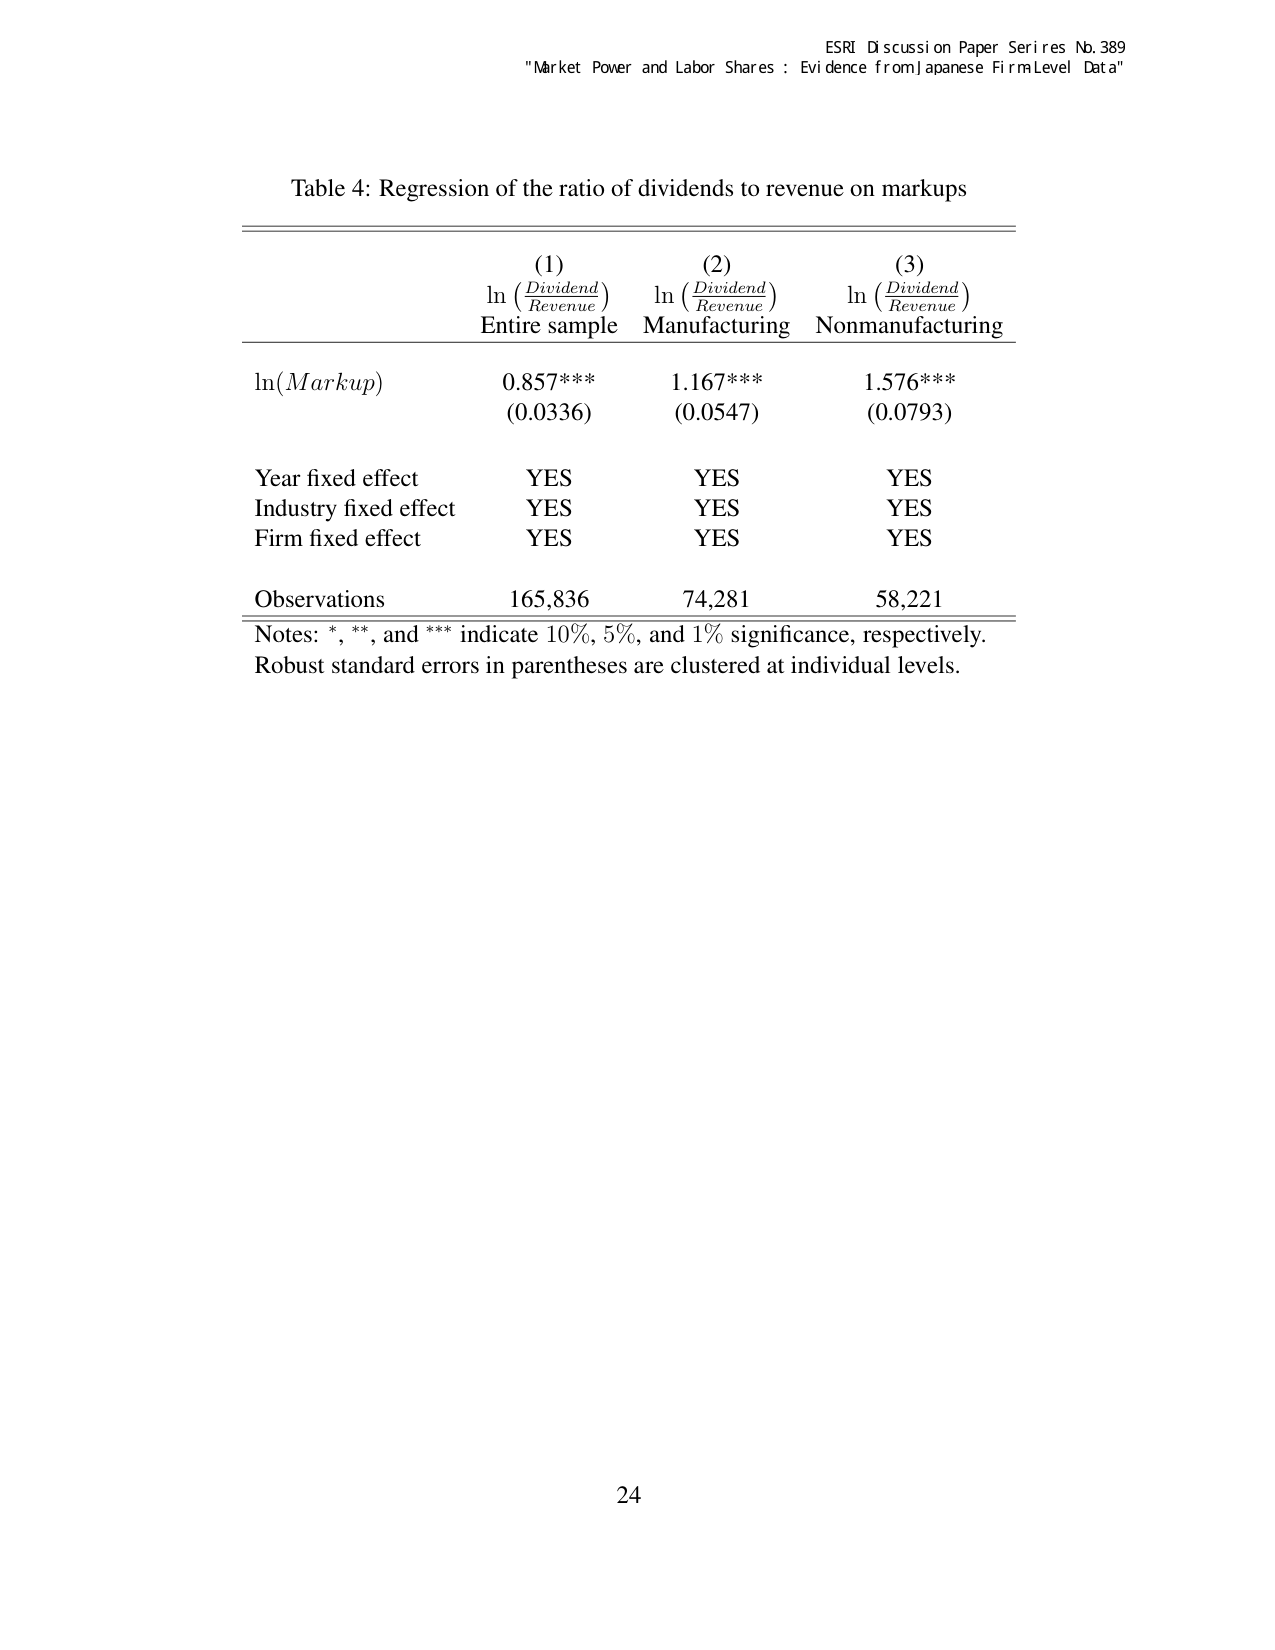
ESRI Discussion Paper Series No. 389
"Market Power and Labor Shares : Evidence from Japanese Firm Level Data"

Table 4: Regression of the ratio of dividends to revenue on markups

(1)                      (2)                      (3)
ln (Dividend/Revenue)   ln (Dividend/Revenue)   ln (Dividend/Revenue)
Entire sample           Manufacturing            Nonmanufacturing

ln(Markup)              0.857***               1.167***               1.576***
                       (0.0336)               (0.0547)               (0.0793)

Year fixed effect       YES                    YES                    YES
Industry fixed effect   YES                    YES                    YES
Firm fixed effect       YES                    YES                    YES

Observations            165,836                74,281                 58,221

Notes: *, **, and *** indicate 10%, 5%, and 1% significance, respectively.
Robust standard errors in parentheses are clustered at individual levels.

24